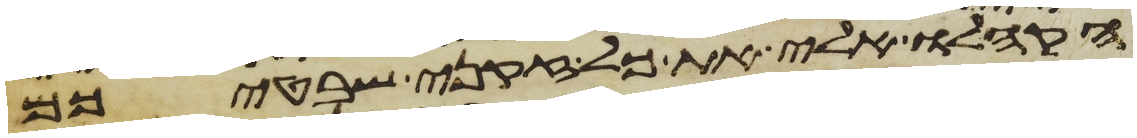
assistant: הקהלו אלי את כל זקני שבטיכם